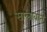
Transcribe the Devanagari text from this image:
सालावात